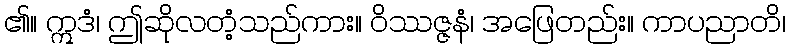
၏။ ဣဒံ၊ ဤဆိုလတံ့သည်ကား။ ဝိဿဇ္ဇနံ၊ အဖြေတည်း။ ကာပညာတိ၊